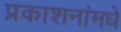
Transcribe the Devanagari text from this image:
प्रकाशनांमधे